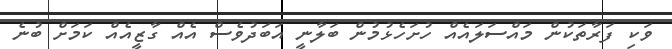
ވަކި ފަރާތަކުން މައްސަލައެއް ހުށަހެޅުމުން ބަލާނީ އަބަދުވެސް އެއް ގާޒީއެއް ކަމަށް ބުނެ